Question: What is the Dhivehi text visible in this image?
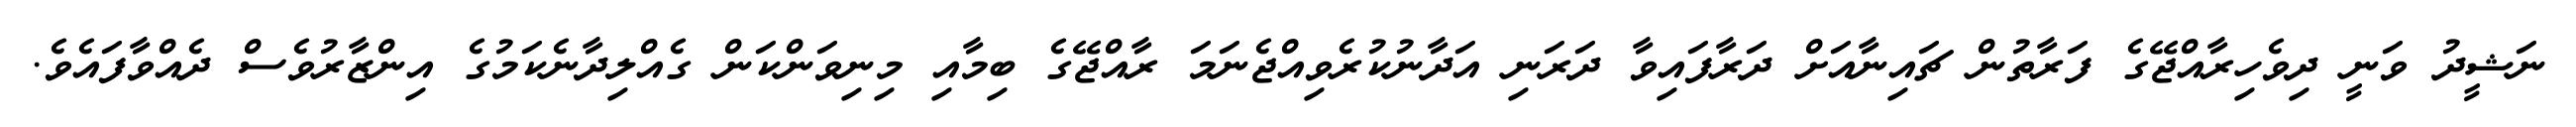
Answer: ނަޝީދު ވަނީ ދިވެހިރާއްޖޭގެ ފަރާތުން ޗައިނާއަށް ދަރާފައިވާ ދަރަނި އަދާނުކުރެވިއްޖެނަމަ ރާއްޖޭގެ ބިމާއި މިނިވަންކަން ގެއްލިދާނެކަމުގެ އިންޒާރުވެސް ދެއްވާފައެވެ.